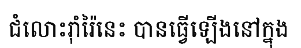
ជំលោះរ៉ាំរ៉ៃនេះ បានធ្វើឡើងនៅក្នុង